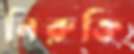
নিরুক্তি